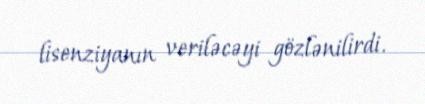
lisenziyanın veriləcəyi gözlənilirdi.